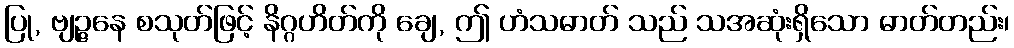
ပြု, ဗျဉ္ဇနေ စသုတ်ဖြင့် နိဂ္ဂဟိတ်ကို ချေ, ဤ ဟံသဓာတ် သည် သအဆုံးရှိသော ဓာတ်တည်း၊